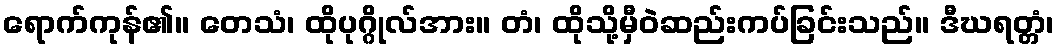
ရောက်ကုန်၏။ တေသံ၊ ထိုပုဂ္ဂိုလ်အား။ တံ၊ ထိုသို့မှီဝဲဆည်းကပ်ခြင်းသည်။ ဒီဃရတ္တံ၊